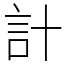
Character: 計